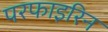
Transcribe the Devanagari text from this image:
परफाइरिन